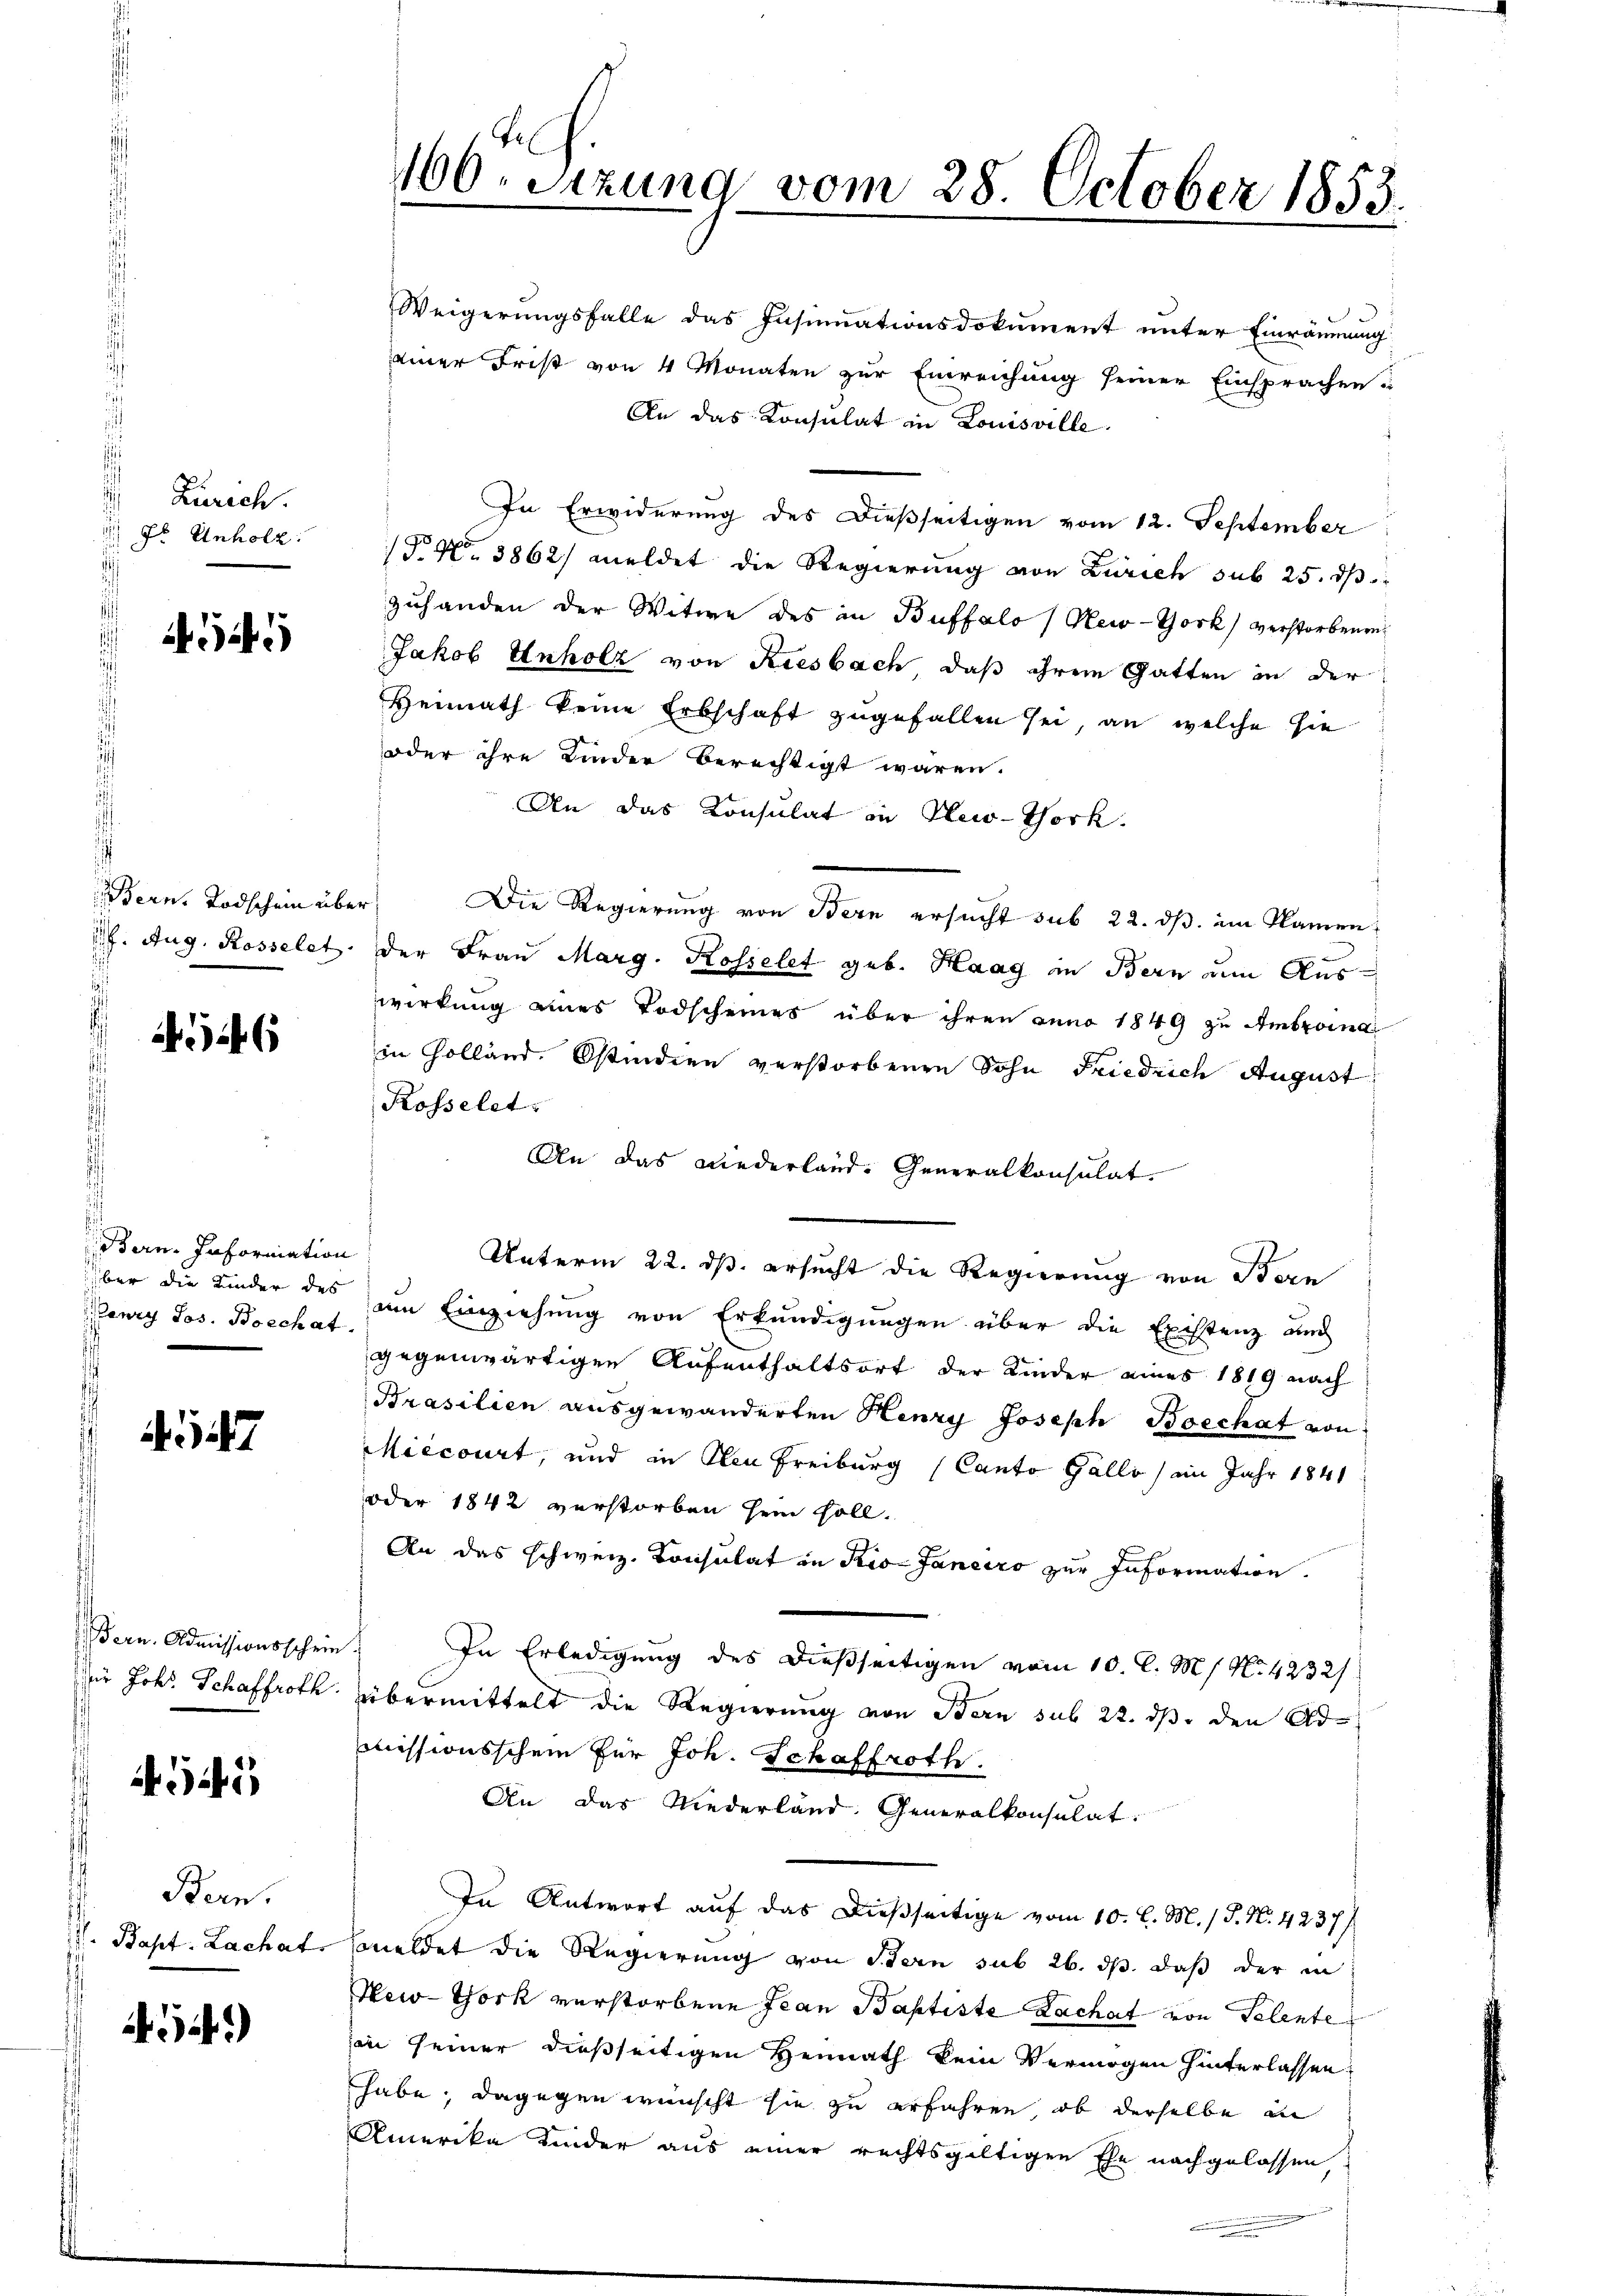
s
Zürich.
Fr Unholz.

4545

Bern. Todschein über

46

Bern. Information
über die Kinder des
enry Jos. Boechat

27

Bern. Admissionsschein
ir Johs. Schaffroth

345

Bern.
V. Bapt. Lachat

34)

166. Sitzung vom 28. October 1853.

Weigerungsfalle das Insinuationsdokument unter Einräumung
einer Frist von 4 Monaten zur Einreichung seiner Einsprachen
An das Konsulat in Louisville
In Erwiderung des Dießseitigen vom 12. September
(P. Nr. 3862) meldet die Regierung von Zürich sub 25. d
zuhanden der Witwe des in Buffalo (New-York verstorbenen
Jakob Unholz von Riesbach, daß ihrem Gatten in der
Heimath keine Erbschaft zugefallen sei, an welche sie
oder ihre Kinder berechtigt waren.
An das Konsulat in New-York.
Die Regierung von Bern ersucht sub 22. ds. im Namen
f. Aug. Rosselet. Der Frau Marg. Rosselet geb. Haag in Bern um Auswirkung eines Todscheines über ihren anno 1849 zu Ambroina
in Colland. Ostindien verstorbenen Sohn Friedrich August
Rosselet
An das Niederland. Generalkonsulat.
Unterm 22. ds. ersucht die Regierung von Bern
a Einziehung von Erkundigungen über die Existenz auch
gegenwärtigen Aufenthaltsort der Kinder eines 1819 nach
Brasilien ausgewanderten Henry Joseph Boechát von
Miecourt, und in den Freiburg (Canto Gallo, im Jahr 1841
oder 1842 verstorben sein soll.
An das schweiz. Consulat in Rio. Janeiro zur Information.
In Erledigŭng des dießseitigen vom 10. C. M. s N. 4232/
übermittelt die Regierung von Bern sub 22. ds. den Admissionsschein für Joh. Schaffroth
An das Niederland. Generalkonsulat
In Antwort auf das dießseitige vom 10. l. M. / P. N. 4237/
meldet die Regierung von Stern sub 26. ds. daß der in
New-York verstorbene Jean Baptiste Lachat von Telente
in seiner dießseitigen Heimath kein Vermögen hinterlassen:
habe; dagegen wünscht sie zu erfahren, ob derselbe an
Amerika Kinder aus einer rechtsgültigen Ehe nachgelassen,